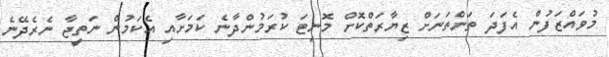
މުވައްޒަފުން އެފަދަ ތަންތަނަށް ޒިޔާރަތްކޮށް މޮނިޓަ ކުރަމުންދާނެ ކަމަށާއި އެކަމުން ނަތީޖާ ނެރެދޭނެ